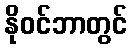
နိုဝင်ဘာတွင်